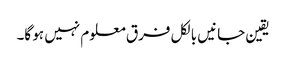
یقین جانیں بالکل فرق معلوم نہیں ہو گا۔